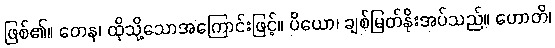
ဖြစ်၏။ တေန၊ ထိုသို့သောအကြောင်းဖြင့်။ ပိယော၊ ချစ်မြတ်နိုးအပ်သည်။ ဟောတိ၊